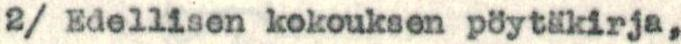
2/ Edellisen kokouksen pöytäkirja,